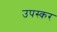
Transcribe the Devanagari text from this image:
उपस्‍कर